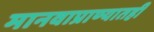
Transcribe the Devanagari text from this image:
मानवाप्राण्यातही